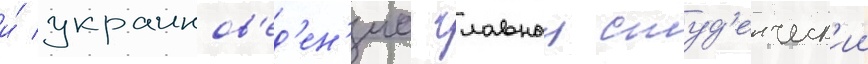
и́ украинов'ед'ен'иа. главныи студ'енческ'ии